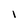
Character: l